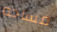
مساحه